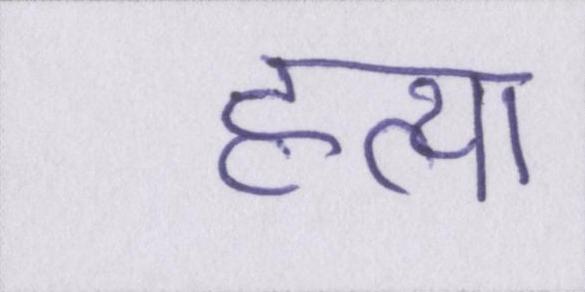
हत्या